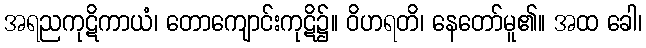
အရညကုဋိကာယံ၊ တောကျောင်းကုဋိ၌။ ဝိဟရတိ၊ နေတော်မူ၏။ အထ ခေါ၊